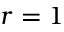
r = 1